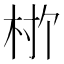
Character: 𬂨